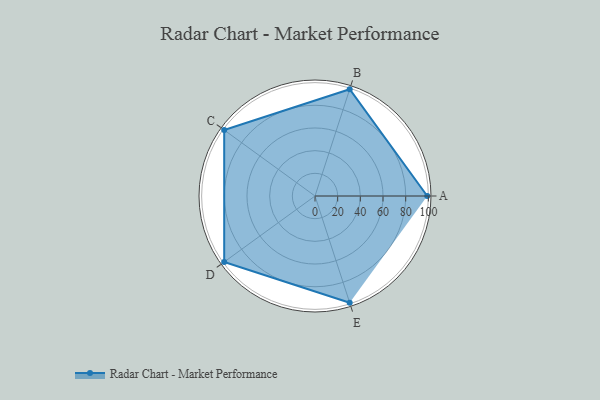
{"axis": {"x": "Skill", "y": "Score"}, "legend": ["Profile"], "data": [{"x": "A", "y": 99.0, "type": "Profile"}, {"x": "B", "y": 99, "type": "Profile"}, {"x": "C", "y": 99, "type": "Profile"}, {"x": "D", "y": 99, "type": "Profile"}, {"x": "E", "y": 99, "type": "Profile"}]}